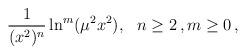
LaTeX: \begin{align*}{1\over(x^2)^n}\ln^m(\mu^2x^2),~~n \geq 2\,, m\geq 0\,,\end{align*}